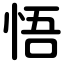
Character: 悟